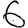
Digit: 6